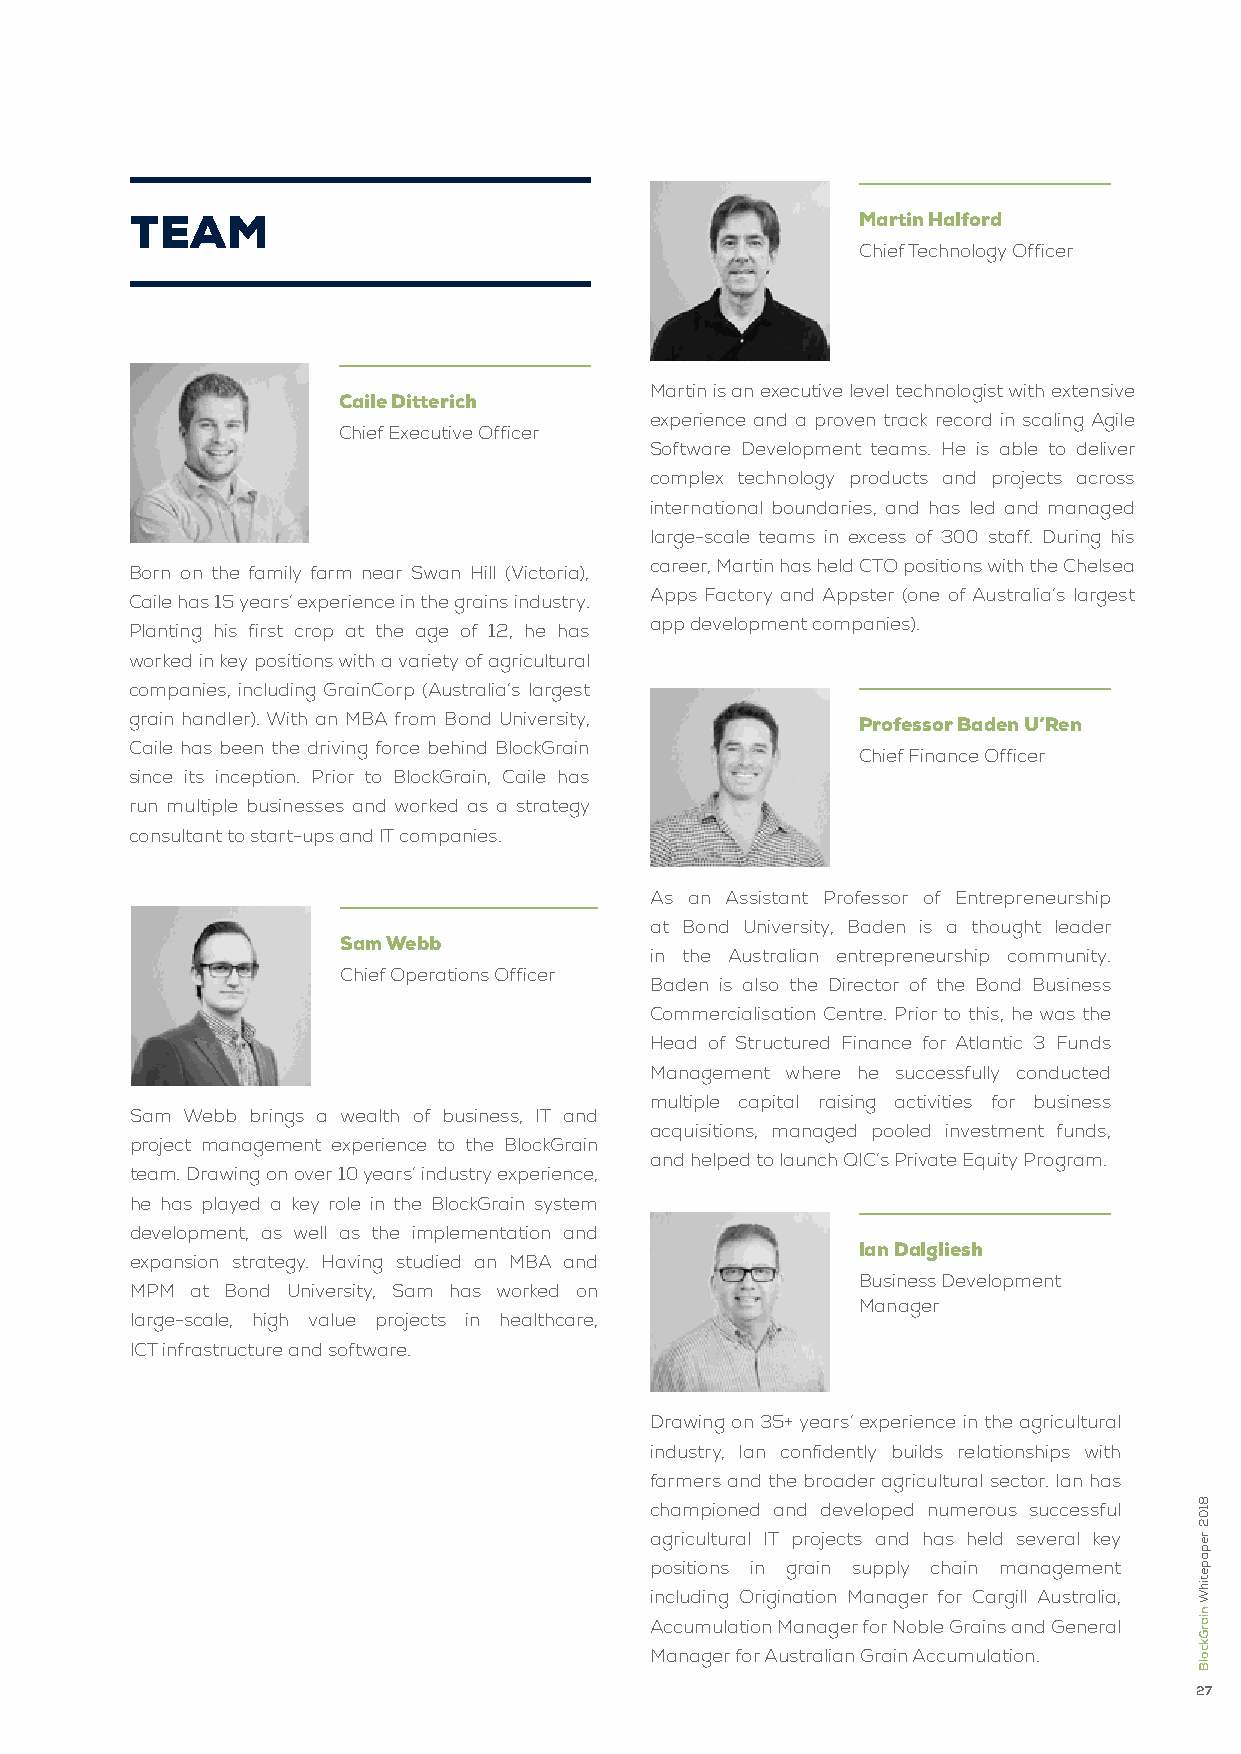
team                                            martin halford
 Chief Technology Officer
 Martin is an executive level technologist with extensive
 caile ditterich
 experience and a proven track record in scaling Agile
 Chief Executive Officer
 Software Development teams. He is able to deliver
 complex technology products and projects across
 international boundaries, and has led and managed
 large-scale teams in excess of 300 staff. During his
 career, Martin has held CTO positions with the Chelsea
 Born on the family farm near Swan Hill (Victoria),
 Apps Factory and Appster (one of Australia’s largest
 Caile has 15 years’ experience in the grains industry.
 app development companies).
 Planting his first crop at the age of 12, he has
 worked in key positions with a variety of agricultural
 companies, including GrainCorp (Australia’s largest
 grain handler). With an MBA from Bond University,
 professor Baden u’ren
 Caile has been the driving force behind BlockGrain
 Chief Finance Officer
 since its inception. Prior to BlockGrain, Caile has
 run multiple businesses and worked as a strategy
 consultant to start-ups and IT companies.
 As an Assistant Professor of Entrepreneurship
 at Bond University, Baden is a thought leader
 sam webb
 in the Australian entrepreneurship community.
 Chief Operations Officer
 Baden is also the Director of the Bond Business
 Commercialisation Centre. Prior to this, he was the
 Head of Structured Finance for Atlantic 3 Funds
 Management where he successfully conducted
 multiple capital raising activities for business
 Sam Webb brings a wealth of business, IT and
 acquisitions, managed pooled investment funds,
 project management experience to the BlockGrain
 and helped to launch QIC’s Private Equity Program.
 team. Drawing on over 10 years’ industry experience,
 he has played a key role in the BlockGrain system
 development, as well as the implementation and
 Ian dalgliesh
 expansion strategy. Having studied an MBA and
 Business Development
 MPM at Bond University, Sam has worked on
 Manager
 large-scale, high value projects in healthcare,
 ICT infrastructure and software.
 Drawing on 35+ years’ experience in the agricultural
 industry, Ian confidently builds relationships with
 farmers and the broader agricultural sector. Ian has
 championed and developed numerous successful
 agricultural IT projects and has held several key
 positions in grain supply chain management
 including Origination Manager for Cargill Australia,
 Accumulation Manager for Noble Grains and General
 Manager for Australian Grain Accumulation.
 27
 8102
 repapetihW
 niarGkcolB